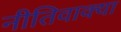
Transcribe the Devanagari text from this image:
नीतिवाक्या